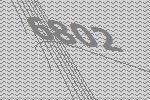
6802